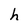
Character: h